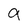
Character: g